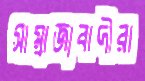
সাম্রাজ্যবাদীরা